Scottish Certificate of Education, 1962
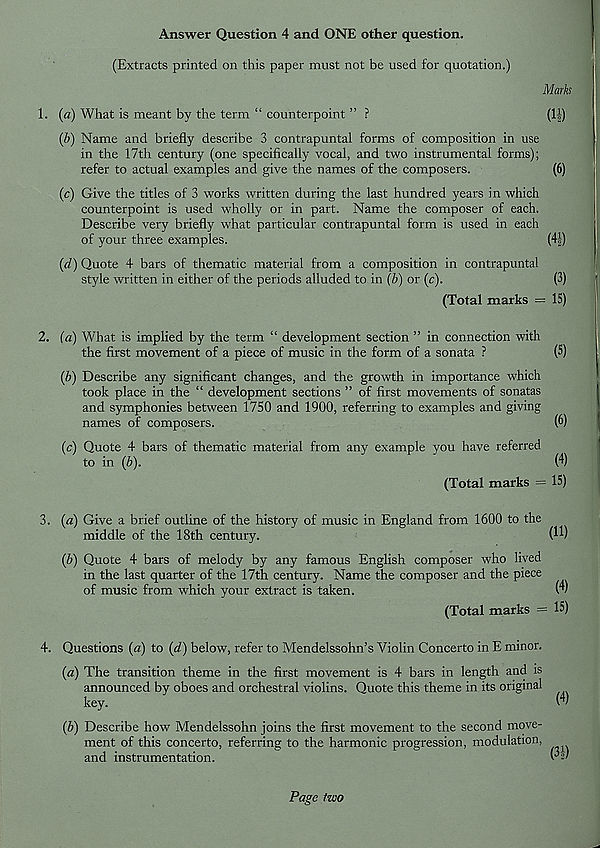
Answer Question 4 and ONE other question.
(Extracts printed on this paper must not be used for quotation.)
Marks
1. (a) What is meant by the term “ counterpoint ” ?
(H)
(b) Name and briefly describe 3 contrapuntal forms of composition in use
in the 17th century (one specifically vocal, and two instrumental forms);
refer to actual examples and give the names of the composers.
(6)
(c) Give the titles of 3 works written during the last hundred years in which
counterpoint is used wholly or in part. Name the composer of each.
Describe very briefly what particular contrapuntal form is used in each
of your three examples.
(4|)
(d) Quote 4 bars of thematic material from a composition in contrapuntal
style written in either of the periods alluded to in (b) or (c).
(3)
(Total marks = 15)
2. (a) What is implied by the term “ development section ” in connection with
the first movement of a piece of music in the form of a sonata ?
(5)
(b) Describe any significant changes, and the growth in importance which
took place in the “ development sections ” of first movements of sonatas
and symphonies between 1750 and 1900, referring to examples and giving
names of composers.
(6)
(c) Quote 4 bars of thematic material from any example you have referred
to in (b).
(4)
(Total marks = 15)
3. (a) Give a brief outline of the history of music in England from 1600 to the
middle of the 18th century.
(1^)
(b) Quote 4 bars of melody by any famous English composer who lived
in the last quarter of the 17th century. Name the composer and the piece
of music from which your extract is taken.
W
(Total marks = 15)
4. Questions (a) to (d) below, refer to Mendelssohn’s Violin Concerto in E minor.
(a) The transition theme in the first movement is 4 bars in length and is
announced by oboes and orchestral violins. Quote this theme in its original
key.
(b) Describe how Mendelssohn joins the first movement to the second move-
ment of this concerto, referring to the harmonic progression, modulation,
and instrumentation.
Page two